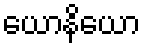
ယောနိယော